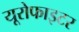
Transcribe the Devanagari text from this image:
यूरोफाइटर